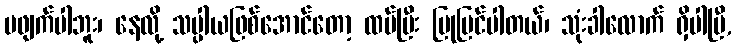
မဖျက်ပါဘူး၊ နေလို့ သပ္ပါယဖြစ်အောင်တော့ ထပ်ပြီး ပြုပြင်ပါတယ်၊ သုံးခါလောက် ရှိပါပြီ,